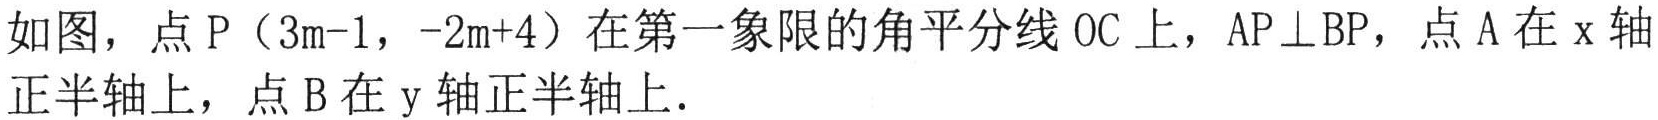
如图，点\(P（3m - 1，-2m + 4）\)在第一象限的角平分线\(OC\)上，\(AP\perp BP\)，点\(A\)在\(x\)轴正半轴上，点\(B\)在\(y\)轴正半轴上．